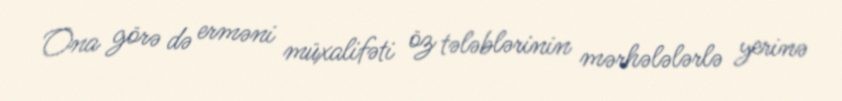
Ona görə də erməni müxalifəti öz tələblərinin mərhələlərlə yerinə